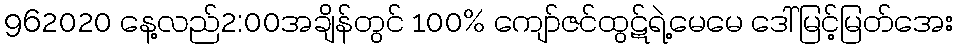
962020 နေ့လည်2:00အချိန်တွင် 100% ကျော်ဇင်ထွဋ်ရဲ့မေမေ ဒေါ်မြင့်မြတ်အေး